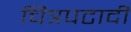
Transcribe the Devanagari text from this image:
चित्रपटादी